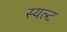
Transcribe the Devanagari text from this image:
स्यल्ट